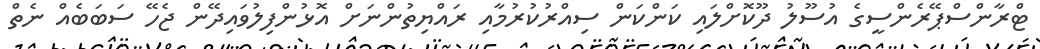
ޓްރާންސްޕޭރެންސީގެ އުސޫލު ދޫކޮށްލައި ކަންކަން ސިއްރުކުރުމާއި ރައްޔިތުންނަށް އޮޅުންފިލުވައިދޭން ޖެހޭ ސަބަބެއް ނެތް